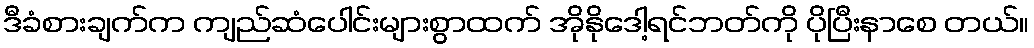
ဒီခံစားချက်က ကျည်ဆံပေါင်းများစွာထက် အိုနိုဒေါ့ရင်ဘတ်ကို ပိုပြီးနာစေ တယ်။